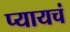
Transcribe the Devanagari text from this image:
प्यायचं